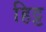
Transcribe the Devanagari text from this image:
हिट्ट